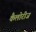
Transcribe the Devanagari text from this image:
कैलोरीज